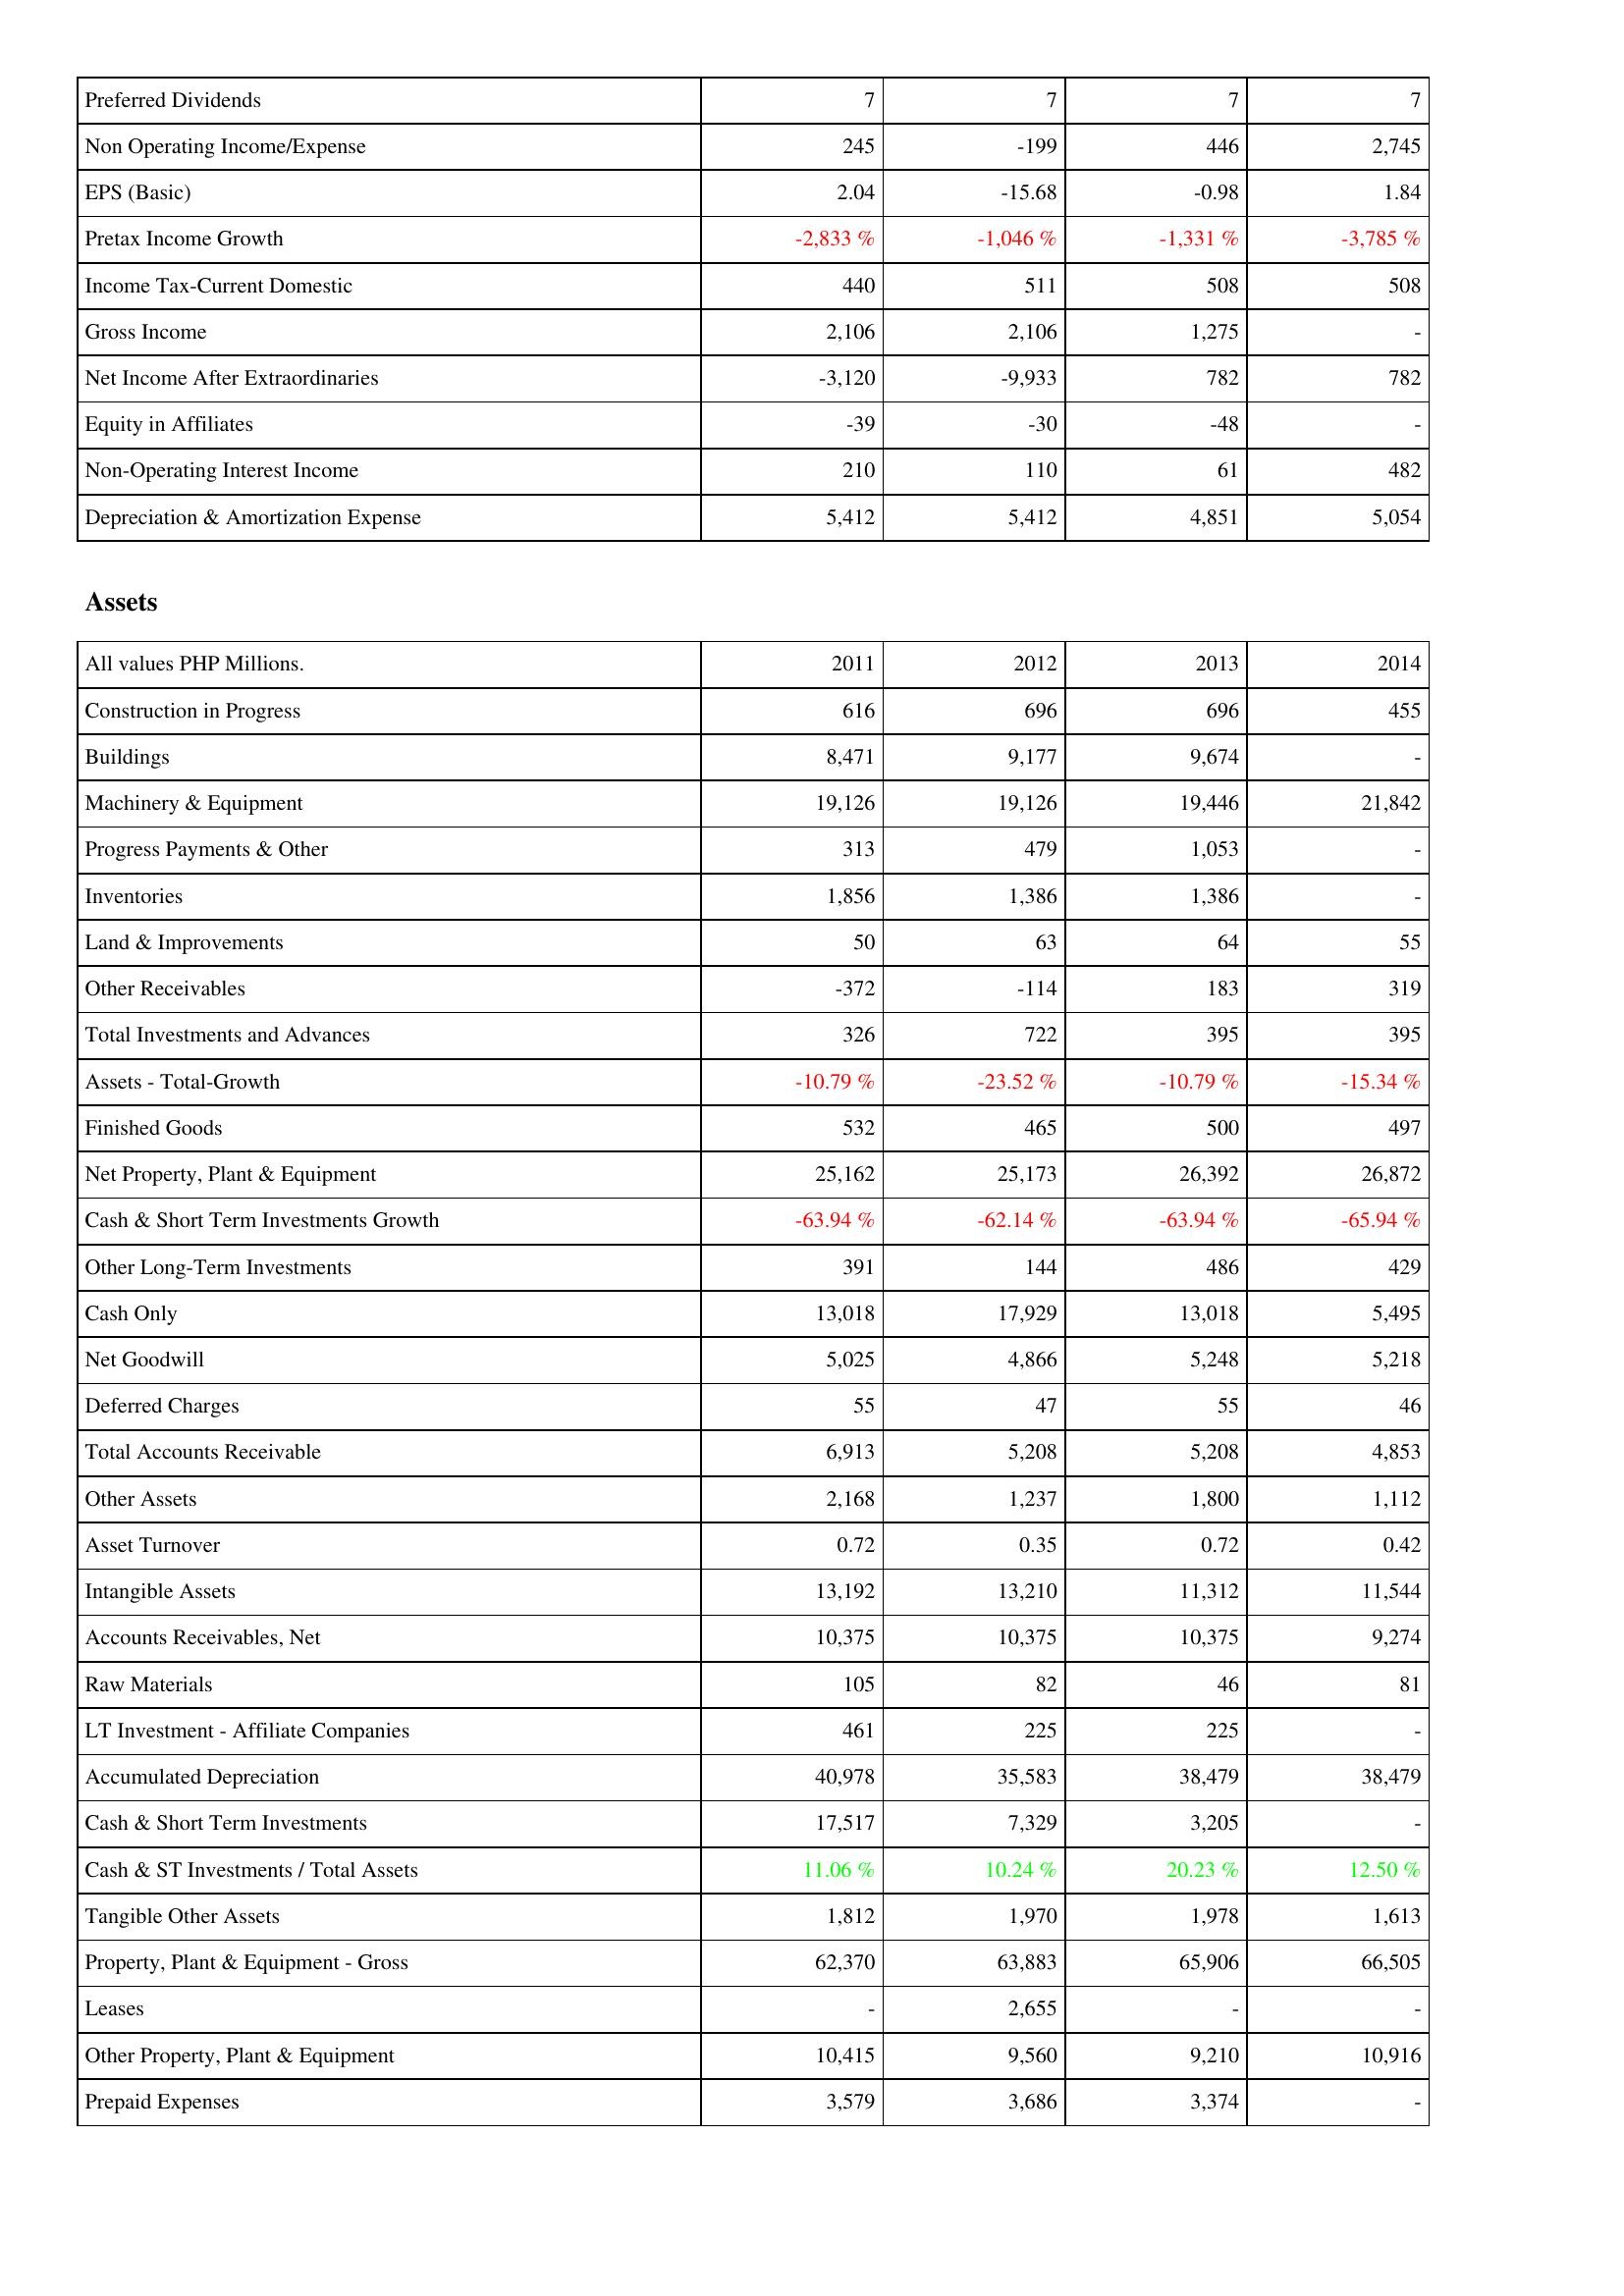
2011: Income Statement: Preferred Dividends: 7
Non Operating Income/Expense: 245
EPS (Basic): 2.04
Pretax Income Growth: -2,833 %
Income Tax-Current Domestic: 440
Gross Income: 2,106
Net Income After Extraordinaries: -3,120
Equity in Affiliates: -39
Non-Operating Interest Income: 210
Depreciation & Amortization Expense: 5,412
Assets: Construction in Progress: 616
Buildings: 8,471
Machinery & Equipment: 19,126
Progress Payments & Other: 313
Inventories: 1,856
Land & Improvements: 50
Other Receivables: -372
Total Investments and Advances: 326
Assets - Total-Growth: -10.79 %
Finished Goods: 532
Net Property, Plant & Equipment: 25,162
Cash & Short Term Investments Growth: -63.94 %
Other Long-Term Investments: 391
Cash Only: 13,018
Net Goodwill: 5,025
Deferred Charges: 55
Total Accounts Receivable: 6,913
Other Assets: 2,168
Asset Turnover: 0.72
Intangible Assets: 13,192
Accounts Receivables, Net: 10,375
Raw Materials: 105
LT Investment - Affiliate Companies: 461
Accumulated Depreciation: 40,978
Cash & Short Term Investments: 17,517
Cash & ST Investments / Total Assets: 11.06 %
Tangible Other Assets: 1,812
Property, Plant & Equipment - Gross: 62,370
Leases: -
Other Property, Plant & Equipment: 10,415
Prepaid Expenses: 3,579
2012: Income Statement: Preferred Dividends: 7
Non Operating Income/Expense: -199
EPS (Basic): -15.68
Pretax Income Growth: -1,046 %
Income Tax-Current Domestic: 511
Gross Income: 2,106
Net Income After Extraordinaries: -9,933
Equity in Affiliates: -30
Non-Operating Interest Income: 110
Depreciation & Amortization Expense: 5,412
Assets: Construction in Progress: 696
Buildings: 9,177
Machinery & Equipment: 19,126
Progress Payments & Other: 479
Inventories: 1,386
Land & Improvements: 63
Other Receivables: -114
Total Investments and Advances: 722
Assets - Total-Growth: -23.52 %
Finished Goods: 465
Net Property, Plant & Equipment: 25,173
Cash & Short Term Investments Growth: -62.14 %
Other Long-Term Investments: 144
Cash Only: 17,929
Net Goodwill: 4,866
Deferred Charges: 47
Total Accounts Receivable: 5,208
Other Assets: 1,237
Asset Turnover: 0.35
Intangible Assets: 13,210
Accounts Receivables, Net: 10,375
Raw Materials: 82
LT Investment - Affiliate Companies: 225
Accumulated Depreciation: 35,583
Cash & Short Term Investments: 7,329
Cash & ST Investments / Total Assets: 10.24 %
Tangible Other Assets: 1,970
Property, Plant & Equipment - Gross: 63,883
Leases: 2,655
Other Property, Plant & Equipment: 9,560
Prepaid Expenses: 3,686
2013: Income Statement: Preferred Dividends: 7
Non Operating Income/Expense: 446
EPS (Basic): -0.98
Pretax Income Growth: -1,331 %
Income Tax-Current Domestic: 508
Gross Income: 1,275
Net Income After Extraordinaries: 782
Equity in Affiliates: -48
Non-Operating Interest Income: 61
Depreciation & Amortization Expense: 4,851
Assets: Construction in Progress: 696
Buildings: 9,674
Machinery & Equipment: 19,446
Progress Payments & Other: 1,053
Inventories: 1,386
Land & Improvements: 64
Other Receivables: 183
Total Investments and Advances: 395
Assets - Total-Growth: -10.79 %
Finished Goods: 500
Net Property, Plant & Equipment: 26,392
Cash & Short Term Investments Growth: -63.94 %
Other Long-Term Investments: 486
Cash Only: 13,018
Net Goodwill: 5,248
Deferred Charges: 55
Total Accounts Receivable: 5,208
Other Assets: 1,800
Asset Turnover: 0.72
Intangible Assets: 11,312
Accounts Receivables, Net: 10,375
Raw Materials: 46
LT Investment - Affiliate Companies: 225
Accumulated Depreciation: 38,479
Cash & Short Term Investments: 3,205
Cash & ST Investments / Total Assets: 20.23 %
Tangible Other Assets: 1,978
Property, Plant & Equipment - Gross: 65,906
Leases: -
Other Property, Plant & Equipment: 9,210
Prepaid Expenses: 3,374
2014: Income Statement: Preferred Dividends: 7
Non Operating Income/Expense: 2,745
EPS (Basic): 1.84
Pretax Income Growth: -3,785 %
Income Tax-Current Domestic: 508
Gross Income: -
Net Income After Extraordinaries: 782
Equity in Affiliates: -
Non-Operating Interest Income: 482
Depreciation & Amortization Expense: 5,054
Assets: Construction in Progress: 455
Buildings: -
Machinery & Equipment: 21,842
Progress Payments & Other: -
Inventories: -
Land & Improvements: 55
Other Receivables: 319
Total Investments and Advances: 395
Assets - Total-Growth: -15.34 %
Finished Goods: 497
Net Property, Plant & Equipment: 26,872
Cash & Short Term Investments Growth: -65.94 %
Other Long-Term Investments: 429
Cash Only: 5,495
Net Goodwill: 5,218
Deferred Charges: 46
Total Accounts Receivable: 4,853
Other Assets: 1,112
Asset Turnover: 0.42
Intangible Assets: 11,544
Accounts Receivables, Net: 9,274
Raw Materials: 81
LT Investment - Affiliate Companies: -
Accumulated Depreciation: 38,479
Cash & Short Term Investments: -
Cash & ST Investments / Total Assets: 12.50 %
Tangible Other Assets: 1,613
Property, Plant & Equipment - Gross: 66,505
Leases: -
Other Property, Plant & Equipment: 10,916
Prepaid Expenses: -